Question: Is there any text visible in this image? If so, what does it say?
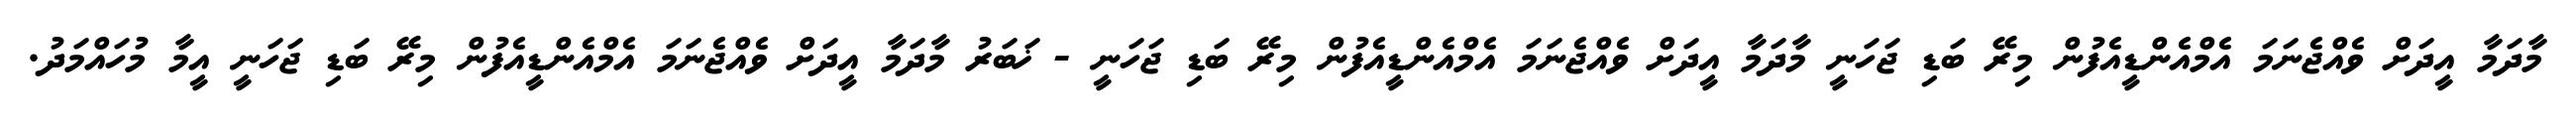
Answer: މާދަމާ އީދަށް ވެއްޖެނަމަ އެމްއެންޑީއެފުން މިރޭ ބަޑި ޖަހަނީ މާދަމާ އީދަށް ވެއްޖެނަމަ އެމްއެންޑީއެފުން މިރޭ ބަޑި ޖަހަނީ - ޚަބަރު މާދަމާ އީދަށް ވެއްޖެނަމަ އެމްއެންޑީއެފުން މިރޭ ބަޑި ޖަހަނީ އީމާ މުހައްމަދު.